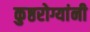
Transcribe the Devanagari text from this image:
कुष्ठरोग्यांनी